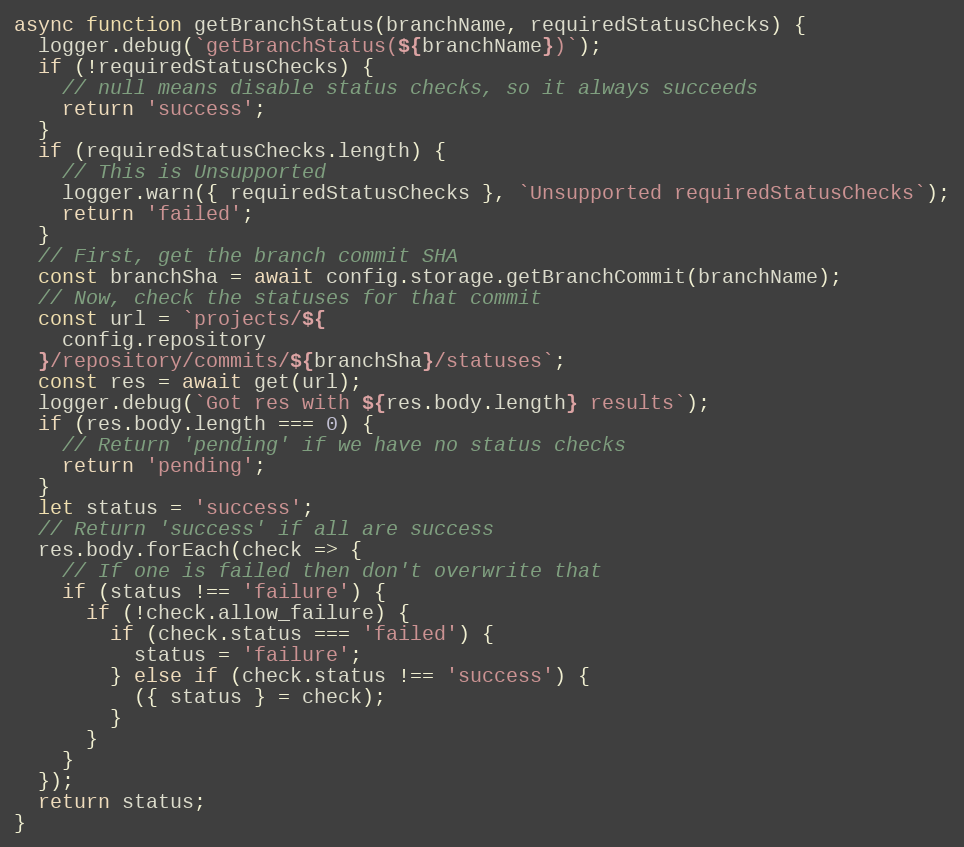
Language: JavaScript
async function getBranchStatus(branchName, requiredStatusChecks) {
  logger.debug(`getBranchStatus(${branchName})`);
  if (!requiredStatusChecks) {
    // null means disable status checks, so it always succeeds
    return 'success';
  }
  if (requiredStatusChecks.length) {
    // This is Unsupported
    logger.warn({ requiredStatusChecks }, `Unsupported requiredStatusChecks`);
    return 'failed';
  }
  // First, get the branch commit SHA
  const branchSha = await config.storage.getBranchCommit(branchName);
  // Now, check the statuses for that commit
  const url = `projects/${
    config.repository
  }/repository/commits/${branchSha}/statuses`;
  const res = await get(url);
  logger.debug(`Got res with ${res.body.length} results`);
  if (res.body.length === 0) {
    // Return 'pending' if we have no status checks
    return 'pending';
  }
  let status = 'success';
  // Return 'success' if all are success
  res.body.forEach(check => {
    // If one is failed then don't overwrite that
    if (status !== 'failure') {
      if (!check.allow_failure) {
        if (check.status === 'failed') {
          status = 'failure';
        } else if (check.status !== 'success') {
          ({ status } = check);
        }
      }
    }
  });
  return status;
}